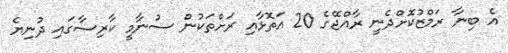
އެ ބިނާ ރަމްޒުކޮށްދެނީ ރާއްޖޭގެ 20 އަތޮޅާއި ރަށްތަކުން ސުނާމީ ކާރިސާގައި ދުނިޔެ